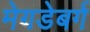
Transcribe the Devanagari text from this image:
मेगडेबर्ग